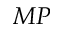
M P